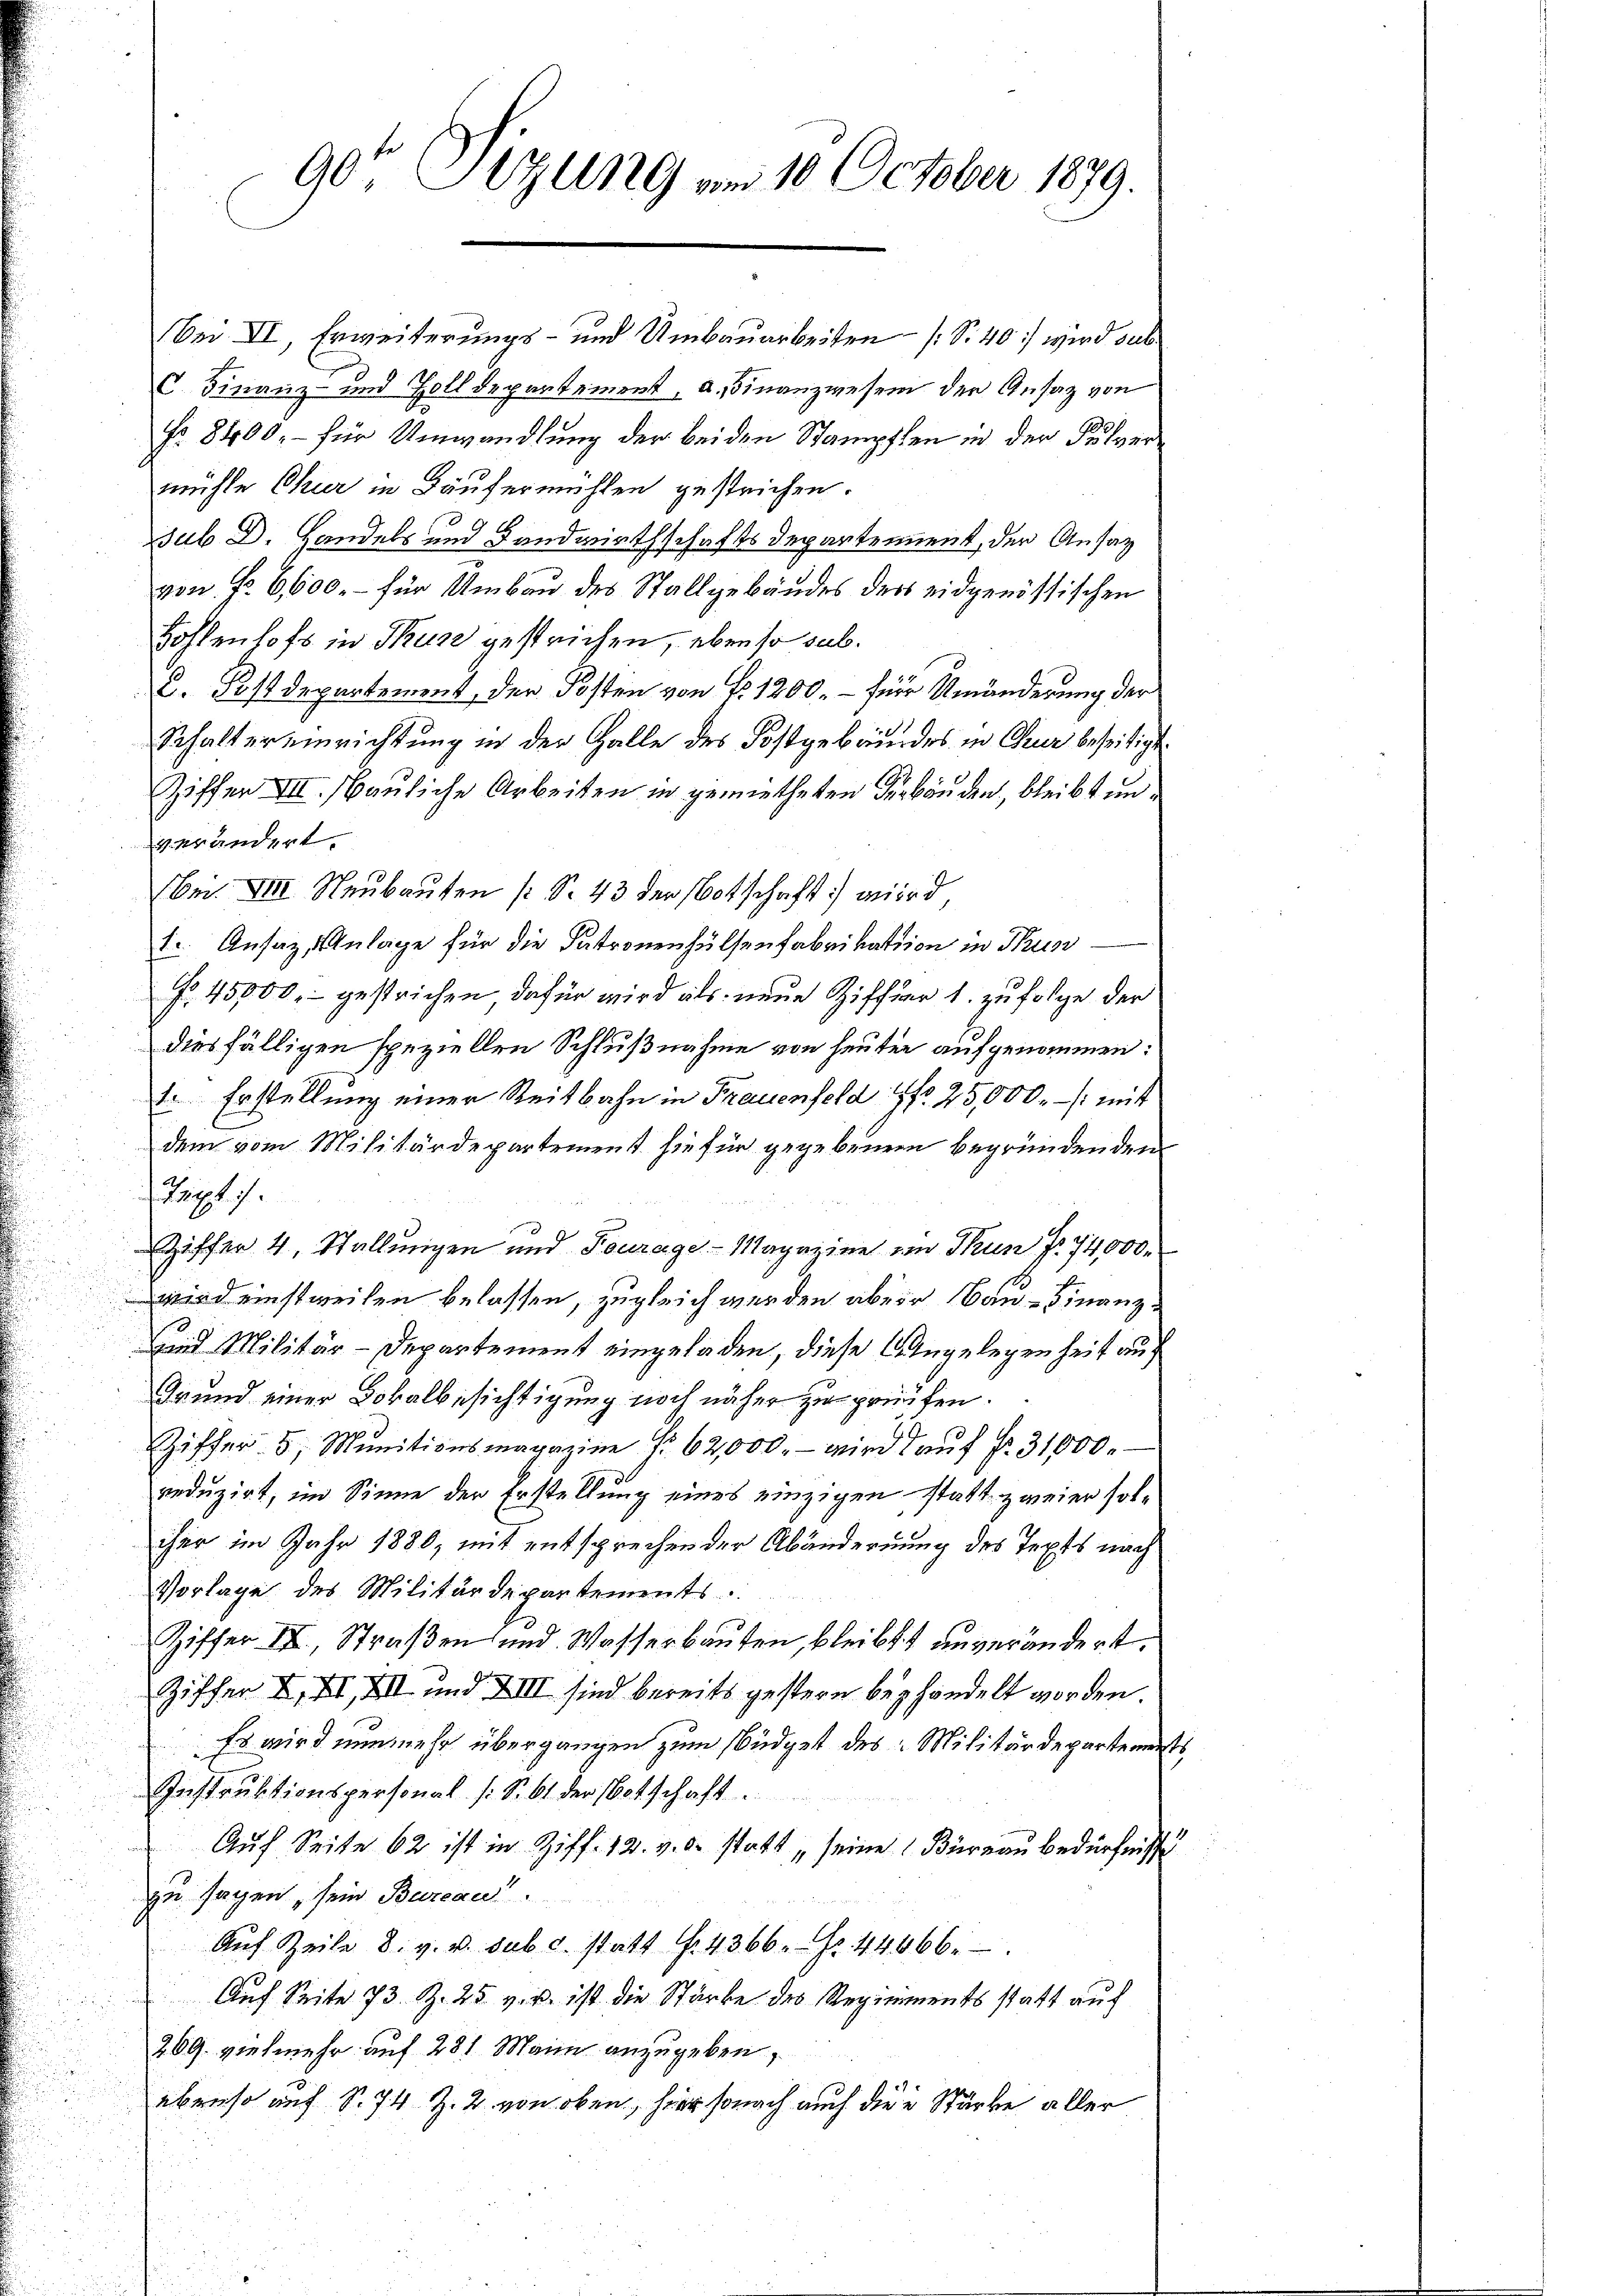
Bei VI, Erweiterungs- und Umbauarbeiten (S. 40 wird subs
C. Finanz- und Zolldepartement, a. Finanzwesen der Ansaz von
No 8400. – für Umwandlung der beiden Stampfen in der Pulvermühle Chur in Käufermühlen gestrichen.
sub D. Handels und Landwirthschafts Departement, der Ansatz
von Fr. 6600. – für Umbau des Stallgebäudes der eidgenössischen
Hohlenhofs in Kurz gestrichen, eben so sub.
C. Postdepartement, der Posten von No. 1200. – für Umänderung der
Schaltereinrichtung in der Galle des Kostgebäudes in Chur beseitigt.
Ziffer III. Bauliche Arbeiten in gemietheten Verbänden, bleibt un
verändert.
Bri. VIII. Neubauten (S. 43 der Botschaft wird
1. Ansaz, Anlage für die Patronenhülfenfabrikation in Thunf. 45000.- gestrichen dafür wird als neue Ziffer 1. zufolge der
diesfälligen speziellen Schlußnahme von heuten aufgenommen:
1. Erstellung einer Reitbahn in Frauenfeld Nr. 25,000. /: mit
dem vom Militärdepartement hiefür gegebenen begründenden
Teipt).
Ziffer 4, Stallungen und Fourage - Magazine in Thun fr. 74,000.
Wird einstweilen belassen, zugleich werden aber Bau-Finanz-
sind Militär-Departement eingeladen, diese Angelegenheit auf
Grund einer Lokalbesichtigung noch näher zu prüfen.
Ziffer 5. Munitionsmagazine f. 62,000.- wird auf fr. 31000.
reduzirt, im Sinne der Erstellung eines einzigen statt zweier soliher im Jahr 1880, mit entsprechen der Abändernung des Tepts nach
Vorlage des Militärdepartements
Ziffer III, Straßen und Wasserbauten, bleibt unverändert.
Ziffer X. XI, XII und XIII sind bereits gestern behandelt worden.
Es wird nunmehr übergangen zum Südget des Militärdepartements
Instruktionspersonal (: S. 61 der Botschaft.
Aŭf Seite 62 ist in Ziff. 12. v. a. statt „seine Büreau bedürfnisse
zu sagen, sein Bureau
Auf Zeile 8. v. v. sub c. statt f. 4366. Fr. 44066.
Auf Seite 73 Z. 25. v. u. ist die Stärke des Regiments statt auf
269. vielmehr auf 281 Mann anzugeben,
ebenso auf S. 74 Z. 2. von oben, hier sonach auch die Stärke aller

90te Sitzung am 10. October 1879.